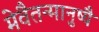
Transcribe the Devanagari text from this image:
मेवैतन्मानुष्यै